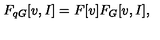
F _ { q G } [ v , I ] = F [ v ] F _ { G } [ v , I ] ,